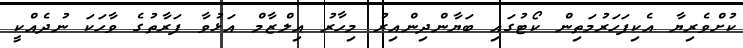
ކުށްވެރިޔާ އެކިފަހަރުމަތިން ކޯޓުގައި ބަޔާންދިންއިރު މިހާރު އިލްޒާމް އަޅުވާ ފަރާތުގެ ވާހަކަ ނުދެއްކީ